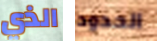
الذي الحدود